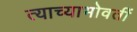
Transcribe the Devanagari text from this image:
त्याच्याभोवतीं